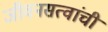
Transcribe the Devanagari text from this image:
जीवनसत्वांची